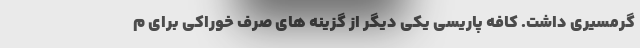
گرمسیری داشت. کافه پاریسی یکی دیگر از گزینه های صرف خوراکی برای م